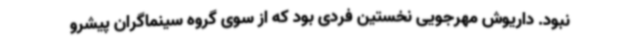
نبود. داریوش مهرجویی نخستین فردی بود که از سوی گروه سینماگران پیشرو